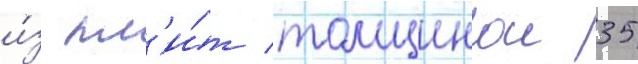
и́з пл'и́т толщинои 35